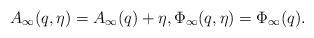
LaTeX: \begin{align*}A_\infty(q,\eta) = A_\infty(q) + \eta, \Phi_\infty(q,\eta)= \Phi_\infty(q).\end{align*}